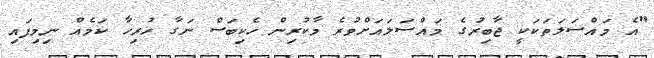
"އެ މައްސަލަތަކަކީ ޖާބިރުގެ މައްސަލައަށްވުރެ މާކުރިން ހެކިބަސް ނަގާ ހުރިހާ ކަމެއް ނިމިފައި